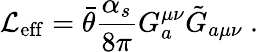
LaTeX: {\cal{L}}_{\mathrm{eff}}=\bar{\theta}\frac{\alpha_{s}}{8\pi}G_{a}^{\mu\nu}\tilde{G}_{a\mu\nu}~.